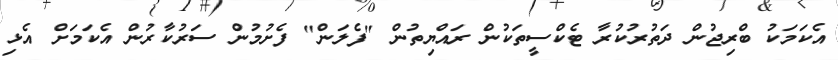
އެކަމަކު ބްރިޖުން ދަތުރުކުރާ ޓެކްސީތަކުން ރައްޔިތުން "ފެލަން" ފެށުމުން ސަރުކާރުން އެކަމަށް އެޅި